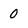
Character: 0